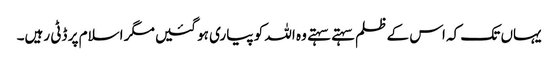
یہاں تک کہ اس کے ظلم سہتے سہتے وہ اللہ کو پیاری ہو گئیں مگر اسلام پر ڈٹی رہیں۔